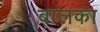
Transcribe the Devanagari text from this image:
बालका